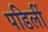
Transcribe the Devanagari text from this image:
पडिलीं